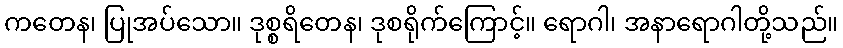
ကတေန၊ ပြုအပ်သော။ ဒုစ္စရိတေန၊ ဒုစရိုက်ကြောင့်။ ရောဂါ၊ အနာရောဂါတို့သည်။